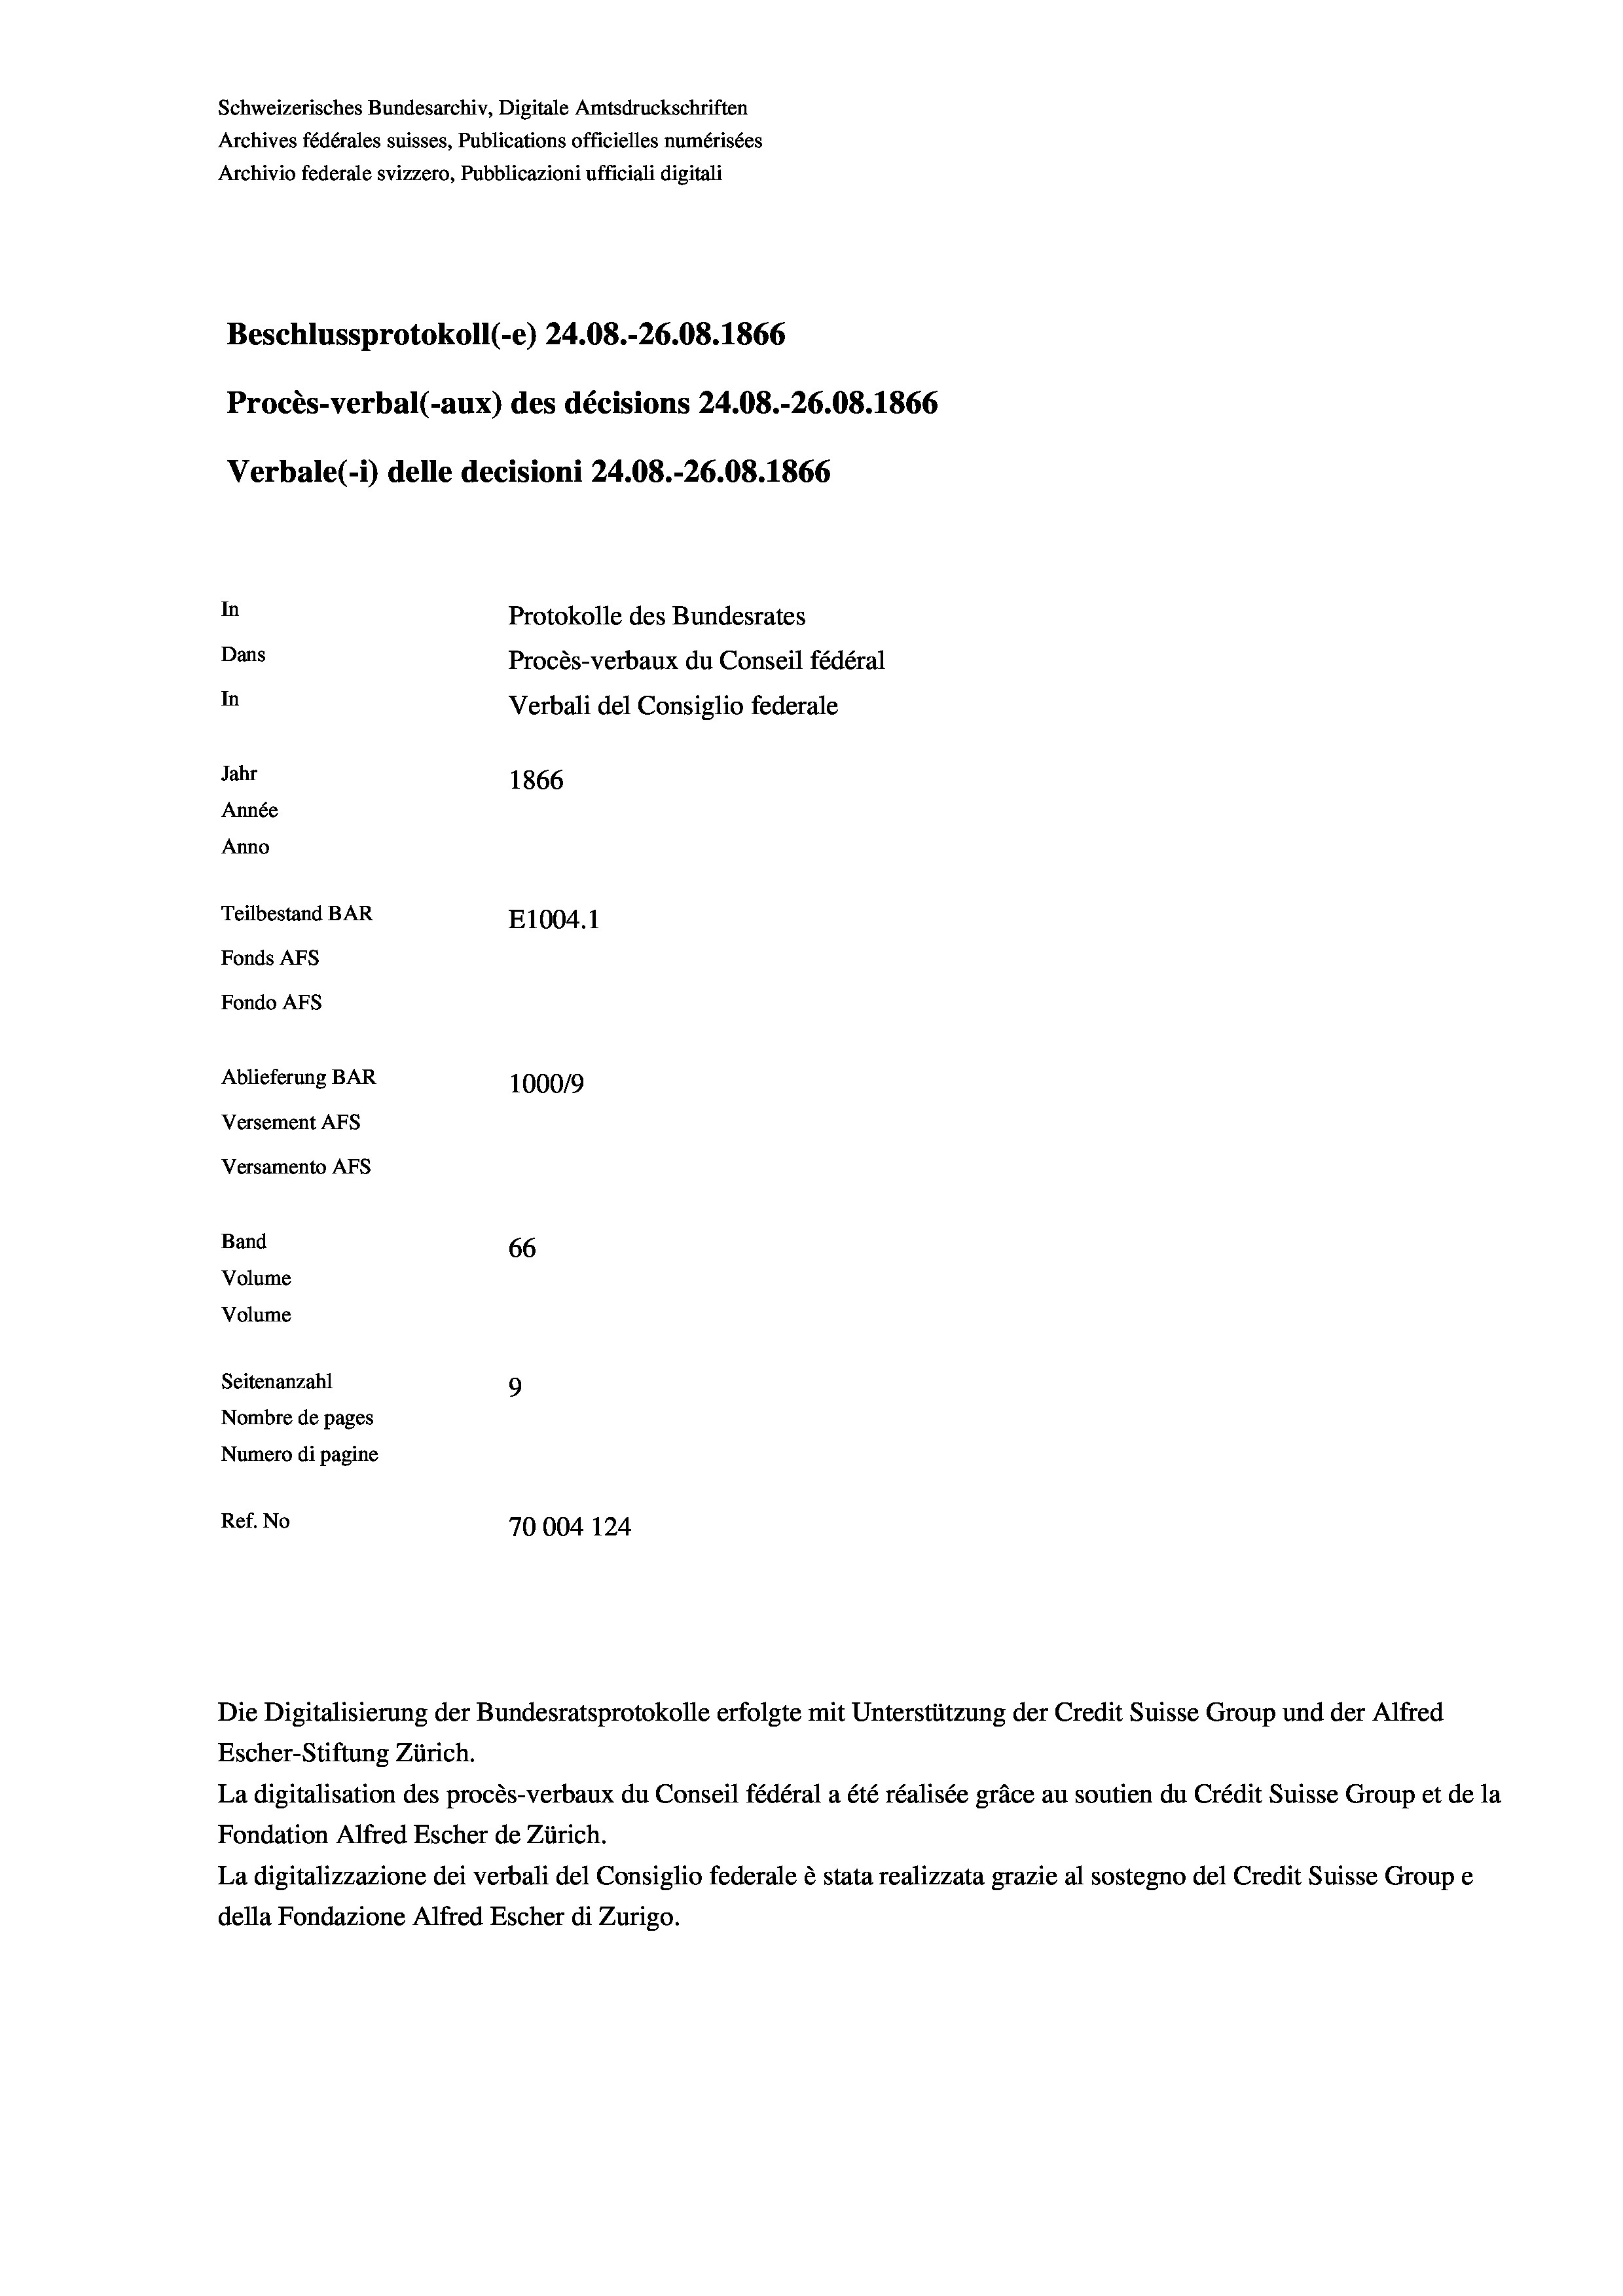
Schweizerisches Bundesarchiv, Digitale Amtsdruckschriften
Archives fédérales suisses, Publications officielles numérisées
Archivio federale svizzero, Pubblicazioni ufficiali digitali
Beschlussprotokoll (-e) 24.08.-26.08. 1866
Procès-verbal (-aux) des décisions 24.08.-26.08. 1866
Verbale(-*) delle decisioni 24.08.-26.08. 1866
In
Protokolle des Bundesrates
Dans
Procès-verbaux du Conseil fédéral
In
Verbali del Consiglio federale
Jahr
1866
Année
Anno
Teilbestand BAR
E1004.1
Fonds AFs
Fondo AFS
Ablieferung BAR
100019
Versement AFs
Versamento AFs

Band
Volume
Volume

66
Seitenanzahl
9
Nombre de pages
Numero di pagine
Ref. No
70004 124

Escher-Stiftung Zürich.
La digitalisation des procès-verbaux du Conseil fédéral a été réalisée gräce au soutien du Crédit Suisse Group et de la
Fondation Alfred Escher de Zürich.
La digitalizzazione dei verbali del Consiglio federale è stata realizzata grazie al sostegno del Credit Suisse Groupe
della Fondazione Alfred Escher di Zurigo.

Die Digitalisierung der Bundesratsprotokolle erfolgte mit Unterstützung der Credit Suisse Group und der Alfred